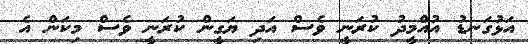
އަޅުގަނޑު އުއްމީދު ކުރަނީ ވެސް އަދި ޔަގީން ކުރަނީ ވެސް މިކަން އެ